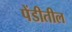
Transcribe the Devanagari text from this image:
पेंडीतील